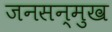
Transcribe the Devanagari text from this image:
जनसन्मुख